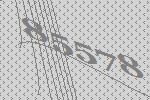
85578